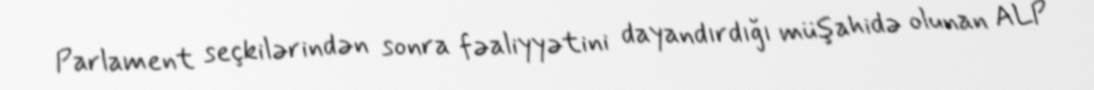
Parlament seçkilərindən sonra fəaliyyətini dayandırdığı müşahidə olunan ALP